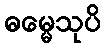
ဓမ္မေသုပိ